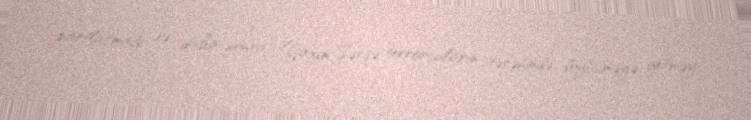
partlatmağı və daha sonra Yaxın Şərqə terrorçuların tərəfində döyüşməyə getməyi